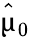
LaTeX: \hat{\mathbf{\upmu}}_{0}